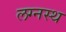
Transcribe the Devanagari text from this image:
लग्नस्थ